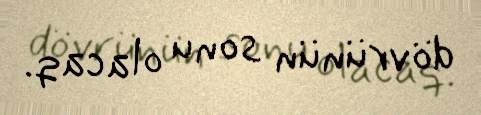
dövrünün sonu olacaq.